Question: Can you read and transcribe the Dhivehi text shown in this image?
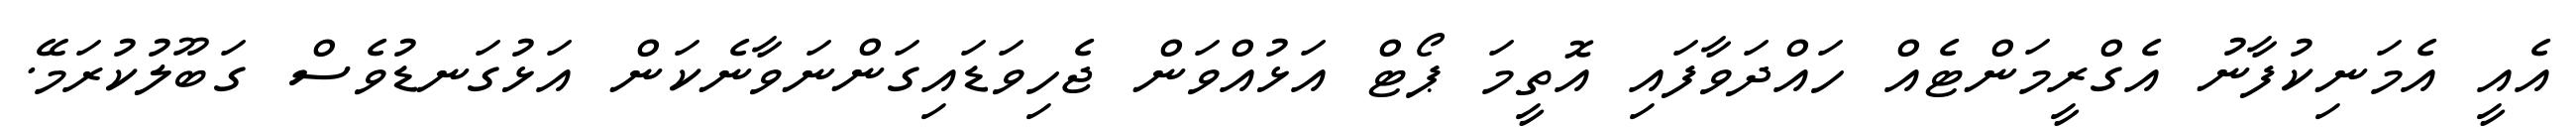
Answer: އެއީ އެމަނިކުފާނު އެގްރީމަންޓެއް ހައްދަވާފައި އޮތީމަ ޕޯޓް އަޅުއްވަން ޖެހިވަޑައިގަންނަވާނެކަން އަޅުގަނޑުވެސް ގަބޫލުކުރަމޭ.